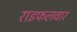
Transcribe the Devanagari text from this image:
राइफलवार